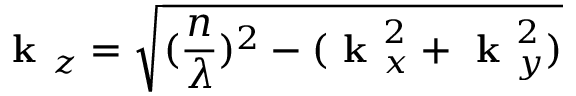
\textbf { k } _ { z } = \sqrt { ( \frac { n } { \lambda } ) ^ { 2 } - ( \textbf { k } _ { x } ^ { 2 } + \textbf { k } _ { y } ^ { 2 } ) }